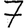
Digit: 7